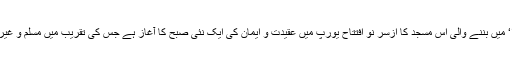
کبھی مسلم حکمرانی کی علامت رہنے والے محل ’الحمرا‘ میں بننے والی اس مسجد کا ازسر نو افتتاح یورپ میں عقیدت و ایمان کی ایک نئی صبح کا آغاز ہے جس کی تقریب میں مسلم و غیر مسلم معززین شہر اور ممتاز شخصیات نے شرکت کی۔